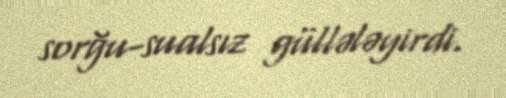
sorğu-sualsız güllələyirdi.